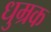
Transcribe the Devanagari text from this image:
धुम्रक